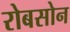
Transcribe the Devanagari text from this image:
रोबसोन